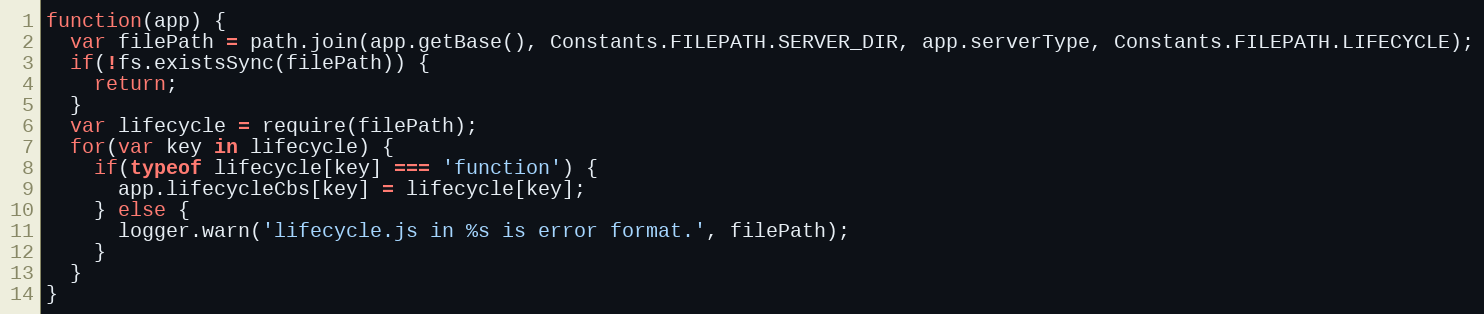
Language: JavaScript
function(app) {
  var filePath = path.join(app.getBase(), Constants.FILEPATH.SERVER_DIR, app.serverType, Constants.FILEPATH.LIFECYCLE);
  if(!fs.existsSync(filePath)) {
    return;
  }
  var lifecycle = require(filePath);
  for(var key in lifecycle) {
    if(typeof lifecycle[key] === 'function') {
      app.lifecycleCbs[key] = lifecycle[key];
    } else {
      logger.warn('lifecycle.js in %s is error format.', filePath);
    }
  }
}